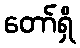
တော်ရှိ